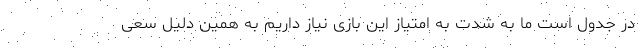
در جدول است ما به شدت به امتیاز این بازی نیاز داریم به همین دلیل سعی